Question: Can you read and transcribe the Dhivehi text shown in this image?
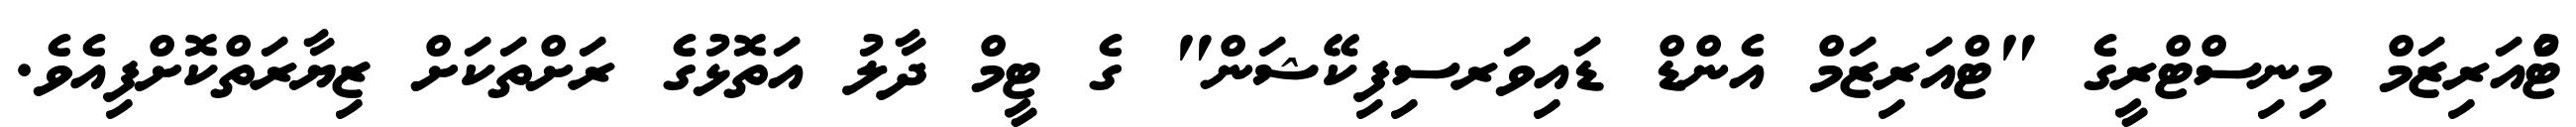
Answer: ޓްުއަރިޒަމް މިނިސްޓްރީގެ "ޓްއަރިޒަމް އެންޑް ޑައިވަރސިފިކޭޝަން" ގެ ޓީމް ދާލު އަތޮޅުގެ ރަށްތަކަށް ޒިޔާރަތްކޮށްފިއެވެ.